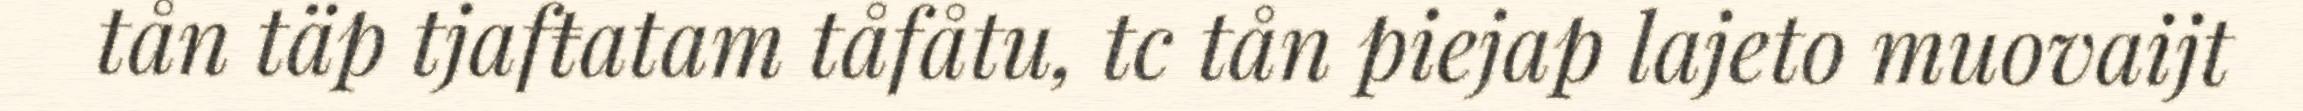
tån täp tjafŧatam tåfåtu, tc tån piejap lajeto muovaijt